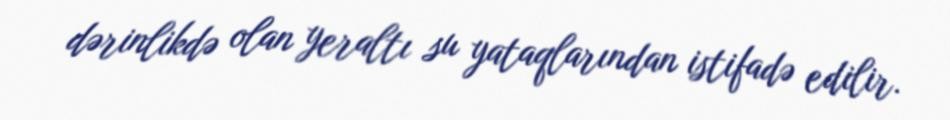
dərinlikdə olan yeraltı su yataqlarından istifadə edilir.